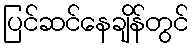
ပြင်ဆင်နေချိန်တွင်